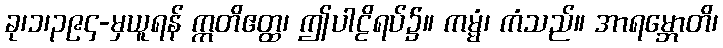
ခု၊၁၊၃၉၄-မှယူရန် ဣတိဧတ္ထ၊ ဤပါဠိရပ်၌။ ကမ္မံ၊ ကံသည်။ အာရမ္ဘောတိ၊